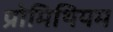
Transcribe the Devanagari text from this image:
प्रोमिथियम